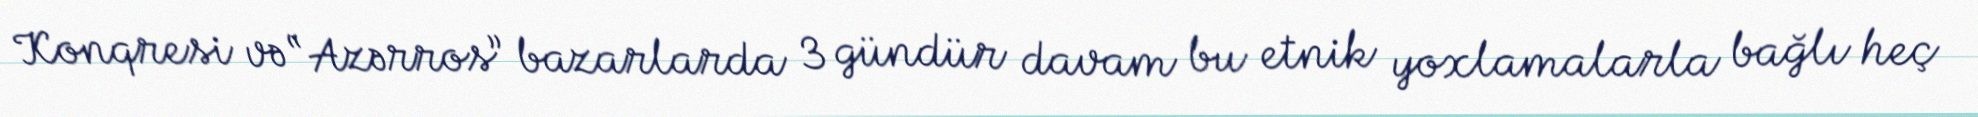
Konqresi və “Azərros” bazarlarda 3 gündür davam bu etnik yoxlamalarla bağlı heç